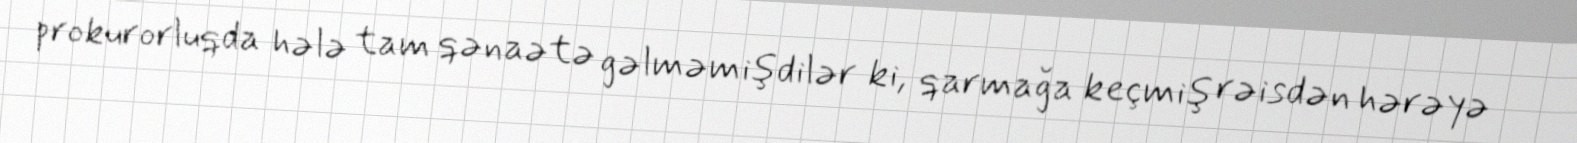
prokurorluqda hələ tam qənaətə gəlməmişdilər ki, qarmağa keçmiş rəisdən hərəyə